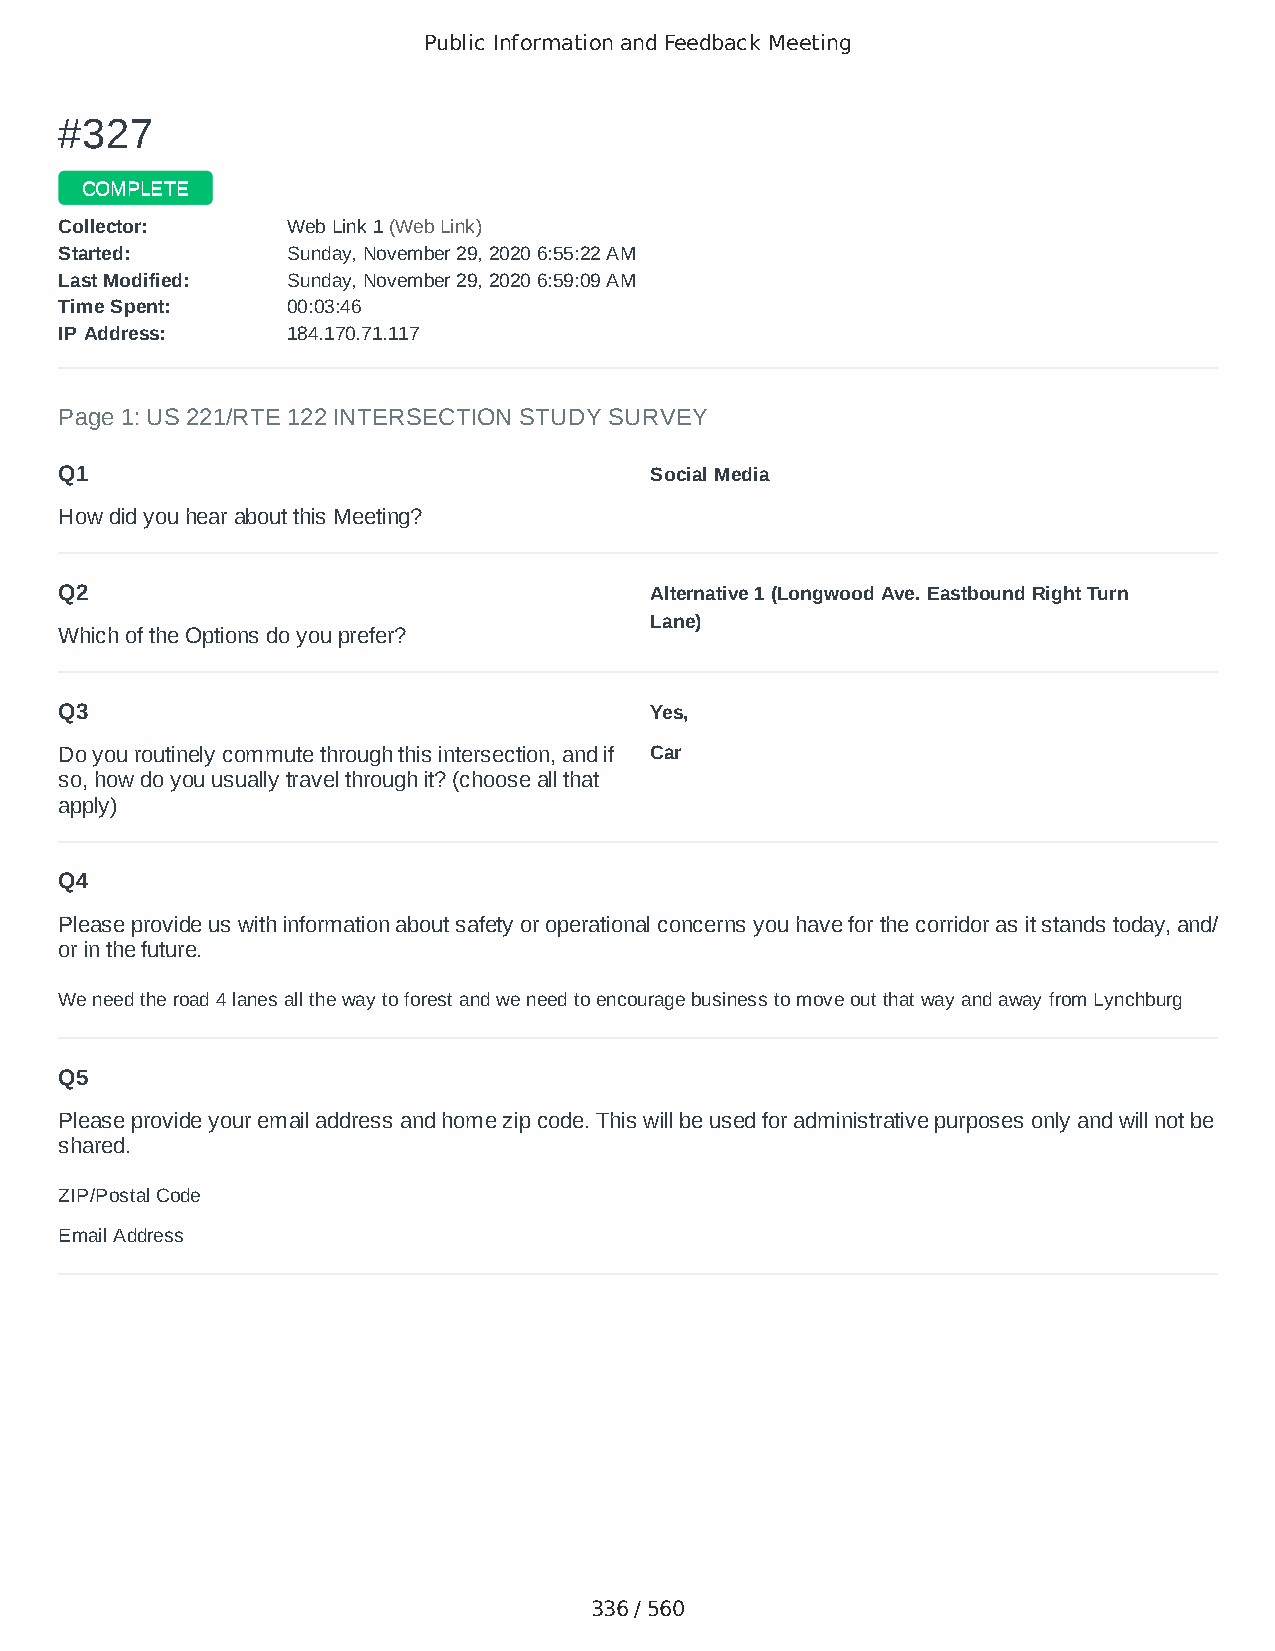
Public Information and Feedback Meeting
 ##332277
 CCOOMMPPLLEETTEE
 CCoolllleeccttoorr:: WWeebb LLiinnkk 11 ((WWeebb LLiinnkk))
 SSttaarrtteedd:: SSuunnddaayy,, NNoovveemmbbeerr 2299,, 22002200 66::5555::2222 AAMM
 LLaasstt MMooddiiffiieedd:: SSuunnddaayy,, NNoovveemmbbeerr 2299,, 22002200 66::5599::0099 AAMM
 TTiimmee SSppeenntt:: 0000::0033::4466
 IIPP AAddddrreessss:: 118844..117700..7711..111177
 Page 1: US 221/RTE 122 INTERSECTION STUDY SURVEY
 Q1                                     Social Media
 How did you hear about this Meeting?
 Q2                                     Alternative 1 (Longwood Ave. Eastbound Right Turn
 Lane)
 Which of the Options do you prefer?
 Q3                                     Yes,
 Do you routinely commute through this intersection, and if Car
 so, how do you usually travel through it? (choose all that
 apply)
 Q4
 Please provide us with information about safety or operational concerns you have for the corridor as it stands today, and/
 or in the future.
 We need the road 4 lanes all the way to forest and we need to encourage business to move out that way and away from Lynchburg
 Q5
 Please provide your email address and home zip code. This will be used for administrative purposes only and will not be
 shared.
 ZIP/Postal Code                        24551
 Email Address                          afmcbmail@gmail.com
 336 / 560